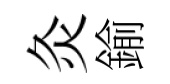
灸鍮